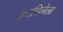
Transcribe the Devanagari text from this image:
हरविलेला